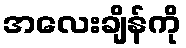
အလေးချိန်ကို